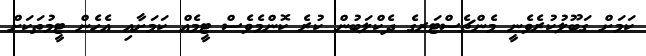
ކަމަށް ގަބޫލުކުރެވެނީ މެންޗެސްޓަރގެ ދެކްލަބުން ކުރެ ކޮންމެވެސް ޓީމެއް ކަމަށާއި އެހެން ޓީމުތަކަށް